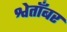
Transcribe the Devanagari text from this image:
श्वेताँबर